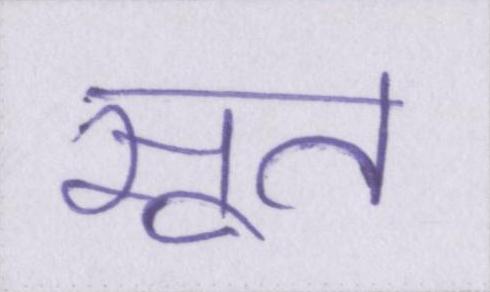
सूत